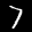
Label: 7